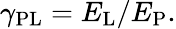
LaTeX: \gamma_{\mathrm{{PL}}}=E_{\mathrm{{L}}}/E_{\mathrm{{P}}}.